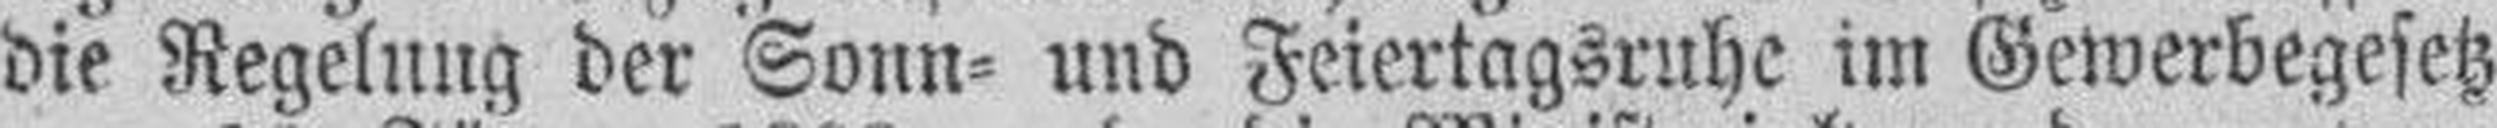
die Regelung der Sonn= und Feiertagsruhe im Gewerbegesetz